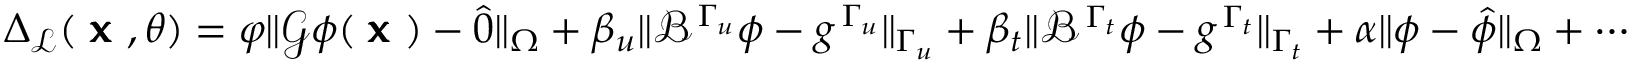
\Delta _ { \mathcal { L } } ( \mathrm { \pmb { ~ x ~ } } , \theta ) = \varphi \Vert \mathscr { G } \phi ( \mathrm { \pmb { ~ x ~ } } ) - \hat { 0 } \Vert _ { \Omega } + \beta _ { u } \Vert \mathscr { B } ^ { \, \Gamma _ { u } } \phi - g ^ { \, \Gamma _ { u } } \Vert _ { { \Gamma _ { u } } } + \beta _ { t } \Vert \mathscr { B } ^ { \, \Gamma _ { t } } \phi - g ^ { \, \Gamma _ { t } } \Vert _ { { \Gamma _ { t } } } + \alpha \Vert \phi - \hat { \phi } \Vert _ { \Omega } + \cdots